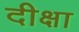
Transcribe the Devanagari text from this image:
दीक्षा